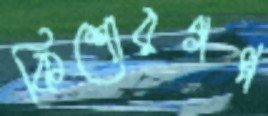
কিশোরগল্প